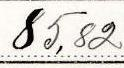
85,82